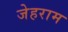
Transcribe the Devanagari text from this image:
जेहराम